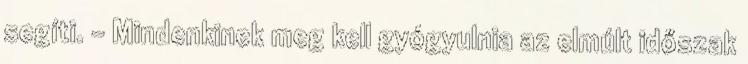
segíti. - Mindenkinek meg kell gyógyulnia az elmúlt időszak